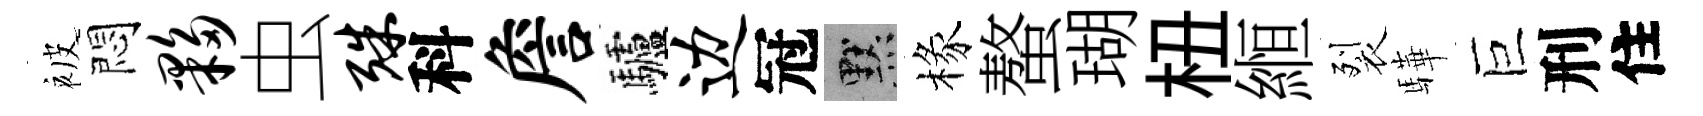
被悶夥虫殊科詹驢边冠默椽螯瑚杻縆裂驊巨刑住